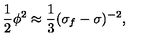
{ \frac { 1 } { 2 } \phi ^ { 2 } \approx \frac { 1 } { 3 } ( \sigma _ { f } - \sigma ) ^ { - 2 } , }